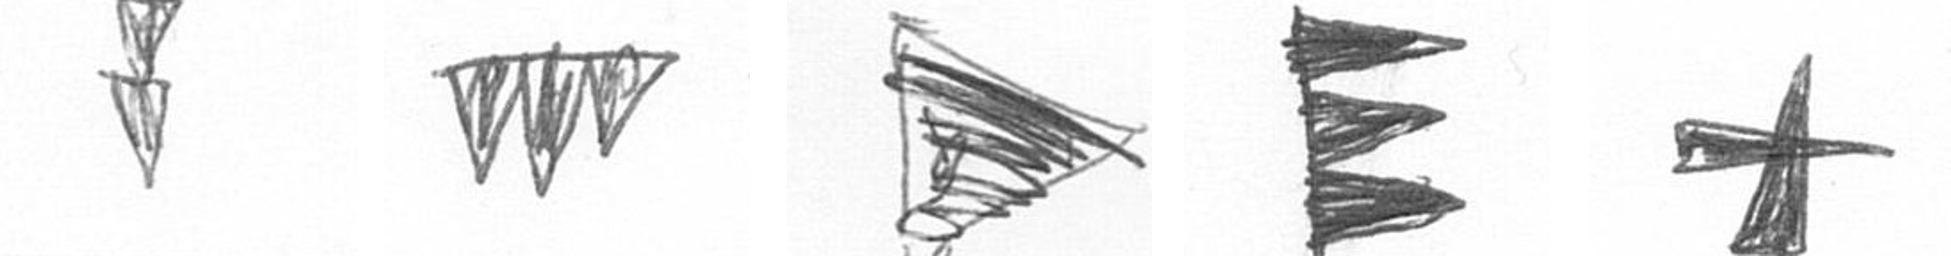
Z L T H G